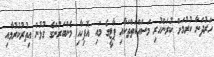
ހަރުދަނާ ކުރުމަށް ކުރަންހުރި މަސައްކަތްތަކާއި ޕާޓީގެ މައި އޮފިހާއި މެންބަރުންގެ ގުޅުން އިތުރުކުރުމާއި